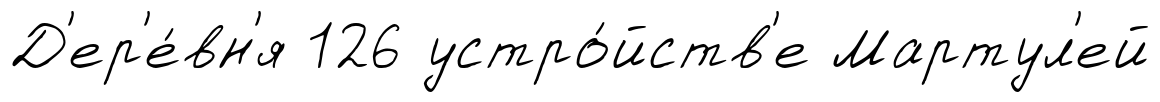
Д'ер'е́вн'я 126 устро́йств'е Мартул'ей